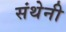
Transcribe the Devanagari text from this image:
संथेनी